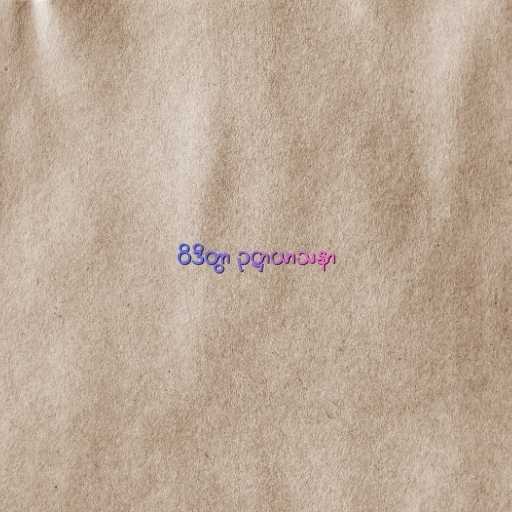
ဝိဒိတွာ ဥဋ္ဌာယာသနာ